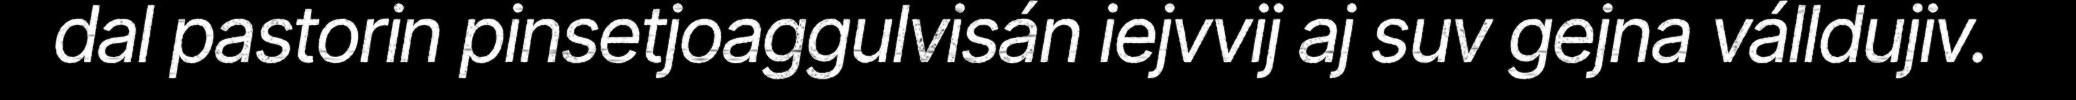
dal pastorin pinsetjoaggulvisán iejvvij aj suv gejna válldujiv.